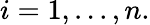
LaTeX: i=1,...,n.